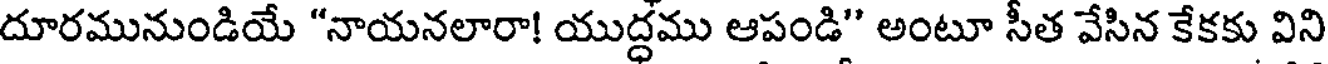
దూరమునుండియే "నాయనలారా! యుద్ధము ఆపండి" అంటూ సీత వేసిన కేకకు విని